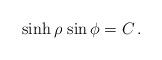
LaTeX: \begin{align*}\sinh \rho \, \sin \phi = {C} \, .\end{align*}